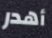
أهدر